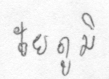
ชัยภูมิ